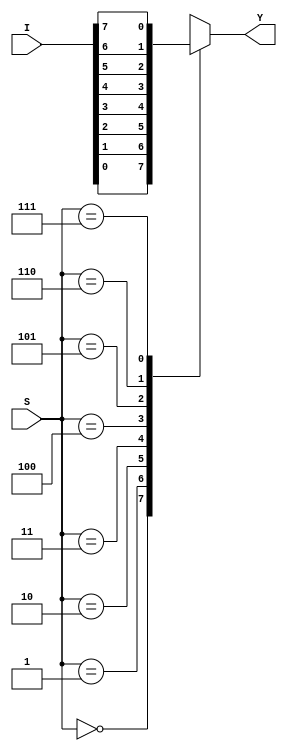
module mux(I, S, Y);

input [7:0]I;
input [2:0]S;
output reg Y;

always @(*)
begin
case(S)
3'b000 : Y=I[0];
3'b001 : Y=I[1];
3'b010 : Y=I[2];
3'b011 : Y=I[3];
3'b100 : Y=I[4];
3'b101 : Y=I[5];
3'b110 : Y=I[6];
3'b111 : Y=I[7];
default : Y=1'b0;
endcase
end

endmodule

module mux_tb();

reg [2:0]S; reg [7:0]I;
wire Y;
integer i;

mux m(.S(S), .I(I), .Y(Y));

initial begin
I= 8'b00000011;
S= 3'b000;
end

initial begin 
for(i=0; i<8; i=i+1)
begin
S=i;
#10;
end end

initial $monitor("time=%d, I=%b, S=%b, Y=%b", $time, I, S, Y);

initial #100 $finish;
endmodule